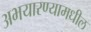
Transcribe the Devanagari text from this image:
अभयारण्यामधील